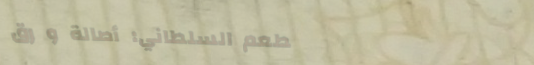
مطعم السلطاني: أصالة و رق